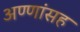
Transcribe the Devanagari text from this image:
अण्णांसह